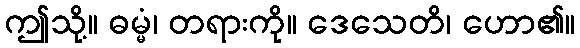
ဤသို့။ ဓမ္မံ၊ တရားကို။ ဒေသေတိ၊ ဟော၏။